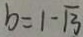
b = 1 - \sqrt { 3 }